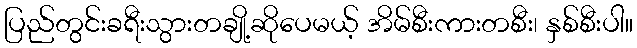
ပြည်တွင်းခရီးသွားတချို့ဆိုပေမယ့် အိမ်စီးကားတစီး၊ နှစ်စီးပါ။